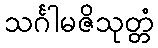
သင်္ဂါမဇိသုတ္တံ